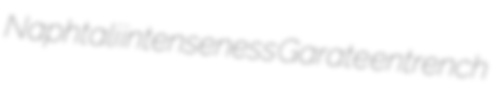
Naphtali intenseness Garate entrench